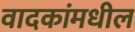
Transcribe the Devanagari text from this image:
वादकांमधील